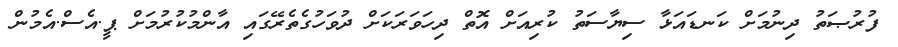
ފުރުޞަތު ދިނުމަށް ކަނޑައަޅާ ސިޔާސަތު ކުރިއަށް އޮތް ދިހަވަރަކަށް ދުވަހުގެތެރޭގައި އާންމުކުރުމަށް ޕީ.އެސް.އެމުން